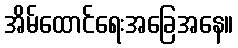
အိမ်ထောင်ရေးအခြေအနေ။